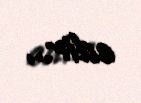
edir...